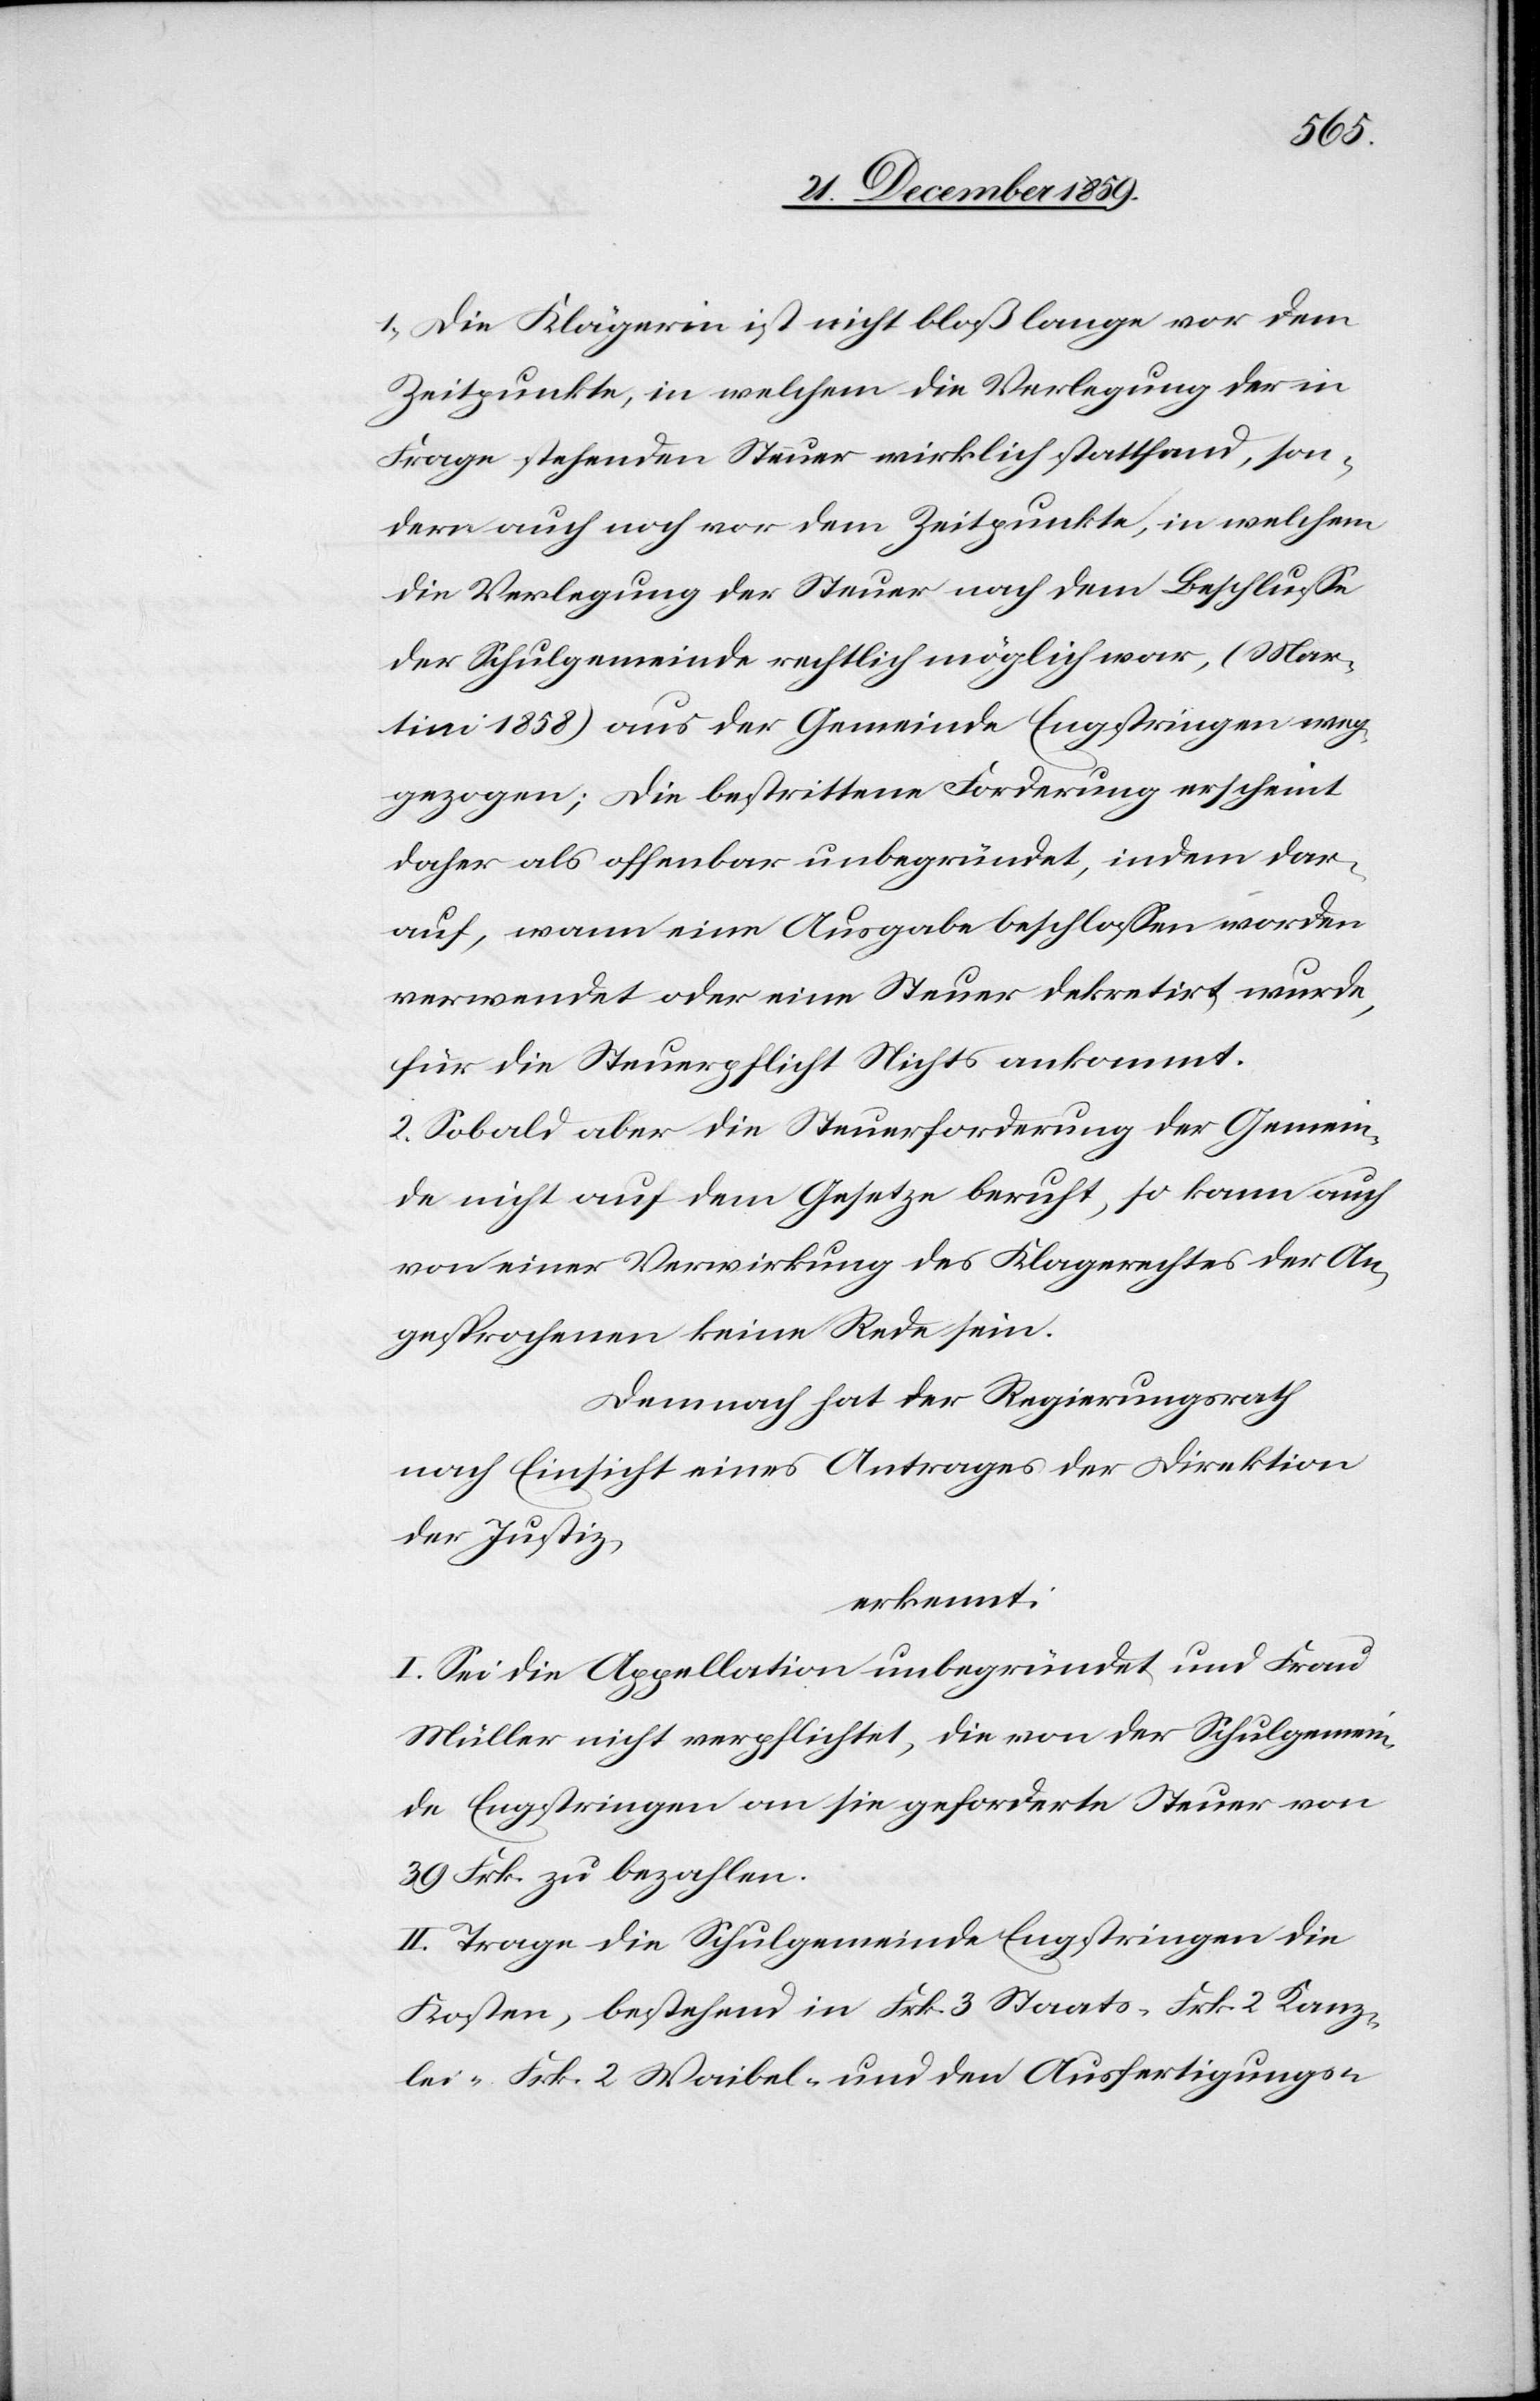
1.) Die Klägerin ist nicht bloß lange vor dem
Zeitpunkte, in welchem die Verlegung der in
Frage stehenden Steuer wirklich stattfand, son¬
dern auch noch vor dem Zeitpunkte, in welchem
die Verlegung der Steuer nach dem Beschlusse
der Schulgemeinde rechtlich möglich war, (Mar¬
tini 1858) aus der Gemeinde Engstringen weg¬
gezogen; Die bestrittene Forderung erscheint
daher als offenbar unbegründet, indem dar¬
auf, wann eine Ausgabe beschlossen worden
verwendet oder eine Steuer dekretirt wurde,
für die Steuerpflicht Nichts ankommt.
2.) Sobald aber die Steuerforderung der Gemein¬
de nicht auf dem Gesetze beruht, so kann auch
von einer Verwirkung des Klagerechtes der An¬
gesprochenen keine Rede sein.
Demnach hat der Regierungsrath
nach Einsicht eines Antrages der Direktion
der Justiz,
erkennt:
I. Sei die Appellation unbegründet und Frau
Müller nicht verpflichtet, die von der Schulgemein¬
de Engstringen an sie geforderte Steuer von
39 Frk. zu bezahlen.
II. Trage die Schulgemeinde Engstringen die
Kosten, bestehend in Frk. 3 Staats-[,] Frk. 2 Kanz¬
lei-[,] Frk. 2 Waibel- und den Ausfertigungs-